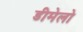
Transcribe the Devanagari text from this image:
डीमेलो